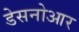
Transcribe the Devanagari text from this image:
डेसनोआर